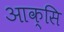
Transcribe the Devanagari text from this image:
आक्सि